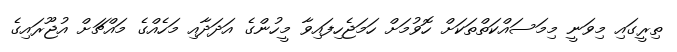
ތިރީގައި މިވަނީ މިމަސައްކަތްތަކަށް ހޮވުމަށް ހަމަޖެހިފައިވާ މީހުންގެ އަދަދާއި މަހެއްގެ މައްޗަށް އުޖޫރައިގެ